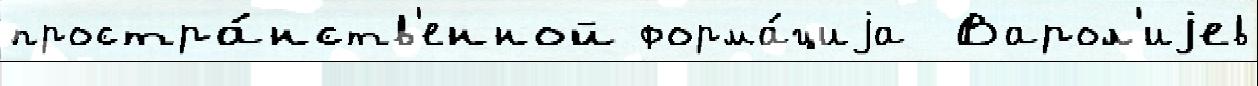
простра́нств'енной форма́циjа  Варол'иjев